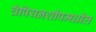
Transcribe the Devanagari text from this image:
चँपियनशीपमधील